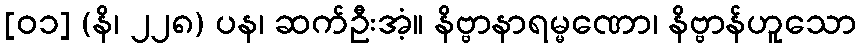
[၀၁] (နိ၊ ၂၂၈) ပန၊ ဆက်ဦးအံ့။ နိဗ္ဗာနာရမ္မဏော၊ နိဗ္ဗာန်ဟူသော